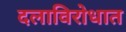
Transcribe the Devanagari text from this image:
दलाविरोधात